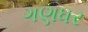
ગણધર